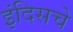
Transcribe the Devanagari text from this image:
इंदिसचे